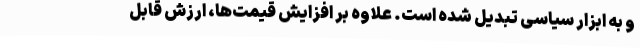
و به ابزار سیاسی تبدیل شده است. علاوه بر افزایش قیمت‌ها، ارزش قابل